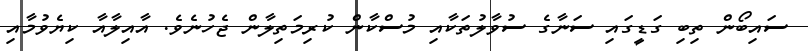
ސައިބޯން ތިބި ގަޑީގައި ސަނާގެ ސުވާލުތަކާއި މުސްކާން ކުރިމަތިލާން ޖެހުނެވެ. އާއިލާއާ ކިޔެވުމާއި